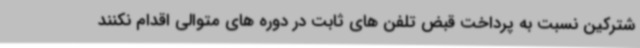
شترکین نسبت به پرداخت قبض تلفن های ثابت در دوره های متوالی اقدام نکنند